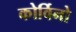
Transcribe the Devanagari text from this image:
कोर्विनो